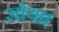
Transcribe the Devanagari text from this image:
सोय।।